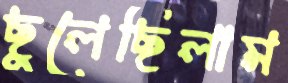
ছুলেছিলাম